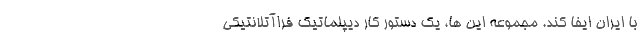
با ایران ایفا کند. مجموعه این ها، یک دستور کار دیپلماتیک فراآتلانتیکی